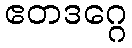
ဧတဒဂ္ဂေ